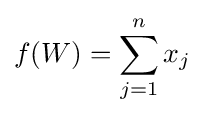
f(W)=\sum _{j=1}^{n}x_{j}